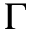
\Gamma